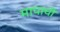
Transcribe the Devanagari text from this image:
मापाची